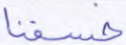
خسفنا